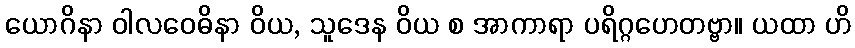
ယောဂိနာ ဝါလဝေဓိနာ ဝိယ, သူဒေန ဝိယ စ အာကာရာ ပရိဂ္ဂဟေတဗ္ဗာ။ ယထာ ဟိ